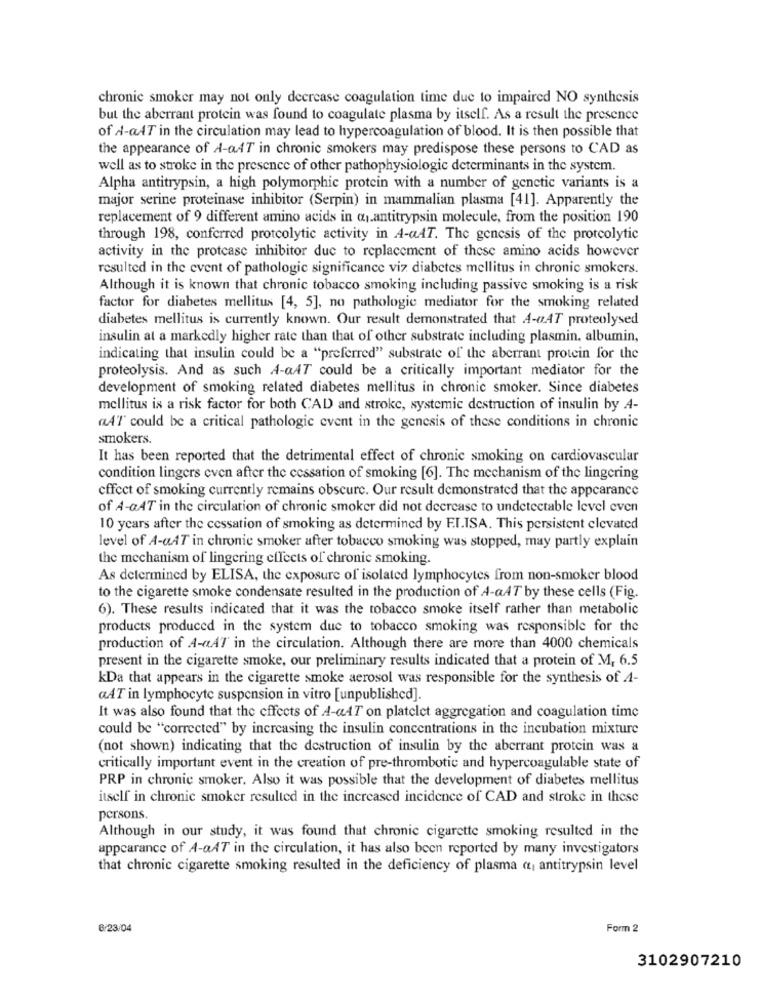
chronic smoker may not only decrease coagulation time due to impaired NO synthesis
but the aberrant protein was found to coagulate plasma by itself. As a result the presence
of A-aAT in the circulation may lead to hypercoagulation of blood. It is then possible that
the appearance of A-aAT in chronic smokers may predispose these persons to CAD as
well as to stroke in the presence of other pathophysiologie determinants in the system.
Alpha antitrypsin, a high polymorphic protein with a number of genetic variants is a
major serine proteinase inhibitor (Serpin) in mammalian plasma [41]. Apparently the
replacement of 9 different amino acids in quantitrypsin molecule, from the position 190
through 198, conferred protcolytic activity in A-aAT. The genesis of the proteolytic
activity in the protease inhibitor due to replacement of these amino acids however
resulted in the event of pathologic significance viz diabetes mellitus in chronic smokers.
Although it is known that chronic tobacco smoking including passive smoking is a risk
factor for diabetes mellitus [4, 5], no pathologie mediator for the smoking related
diabetes mellitus is currently known. Our result demonstrated that A-a.AT proteolysed
insulin at a markedly higher rate than that of other substrate including plasmin. albumin,
indicating that insulin could be a "preferred" substrate of the aberrant protein for the
proteolysis. And as such A-aAT could be a critically important mediator for the
development of smoking related diabetes mellitus in chronic smoker. Since diabetes
mellitus is a risk factor for both CAD and stroke, systemic destruction of insulin by A-
"Al' could be a critical pathologic event in the genesis of these conditions in chronic
smokers.
It has been reported that the detrimental effect of chronic smoking on cardiovascular
condition lingers even after the cessation of smoking [6]. The mechanism of the lingering
effect of smoking currently remains obscure. Our result demonstrated that the appearance
of A-aAT in the circulation of chronic smoker did not decrease to undetectable level even
10 years after the cessation of smoking as determined by EL.ISA. This persistent elevated
level of A-aAT in chronic smoker after tobacco smoking was stopped, may partly explain
the mechanism of lingering effects of chronic smoking.
As determined by ELISA, the exposure of isolated lymphocytes from non-smoker blood
to the cigarette smoke condensate resulted in the production of A-aAT by these cells (Fig.
6). These results indicated that it was the tobacco smoke itself rather than metabolic
products produced in the system due to tobacco smoking was responsible for the
production of A-aAT in the circulation. Although there are more than 4000 chemicals
present in the cigarette smoke, our preliminary results indicated that a protein of M, 6.5
kDa that appears in the cigarette smoke aerosol was responsible for the synthesis of A-
«AT in lymphocyte suspension in vitro [unpublished].
It was also found that the effects of A-«AT on platelet aggregation and coagulation time
could be "corrected" by increasing the insulin concentrations in the incubation mixture
(not shown) indicating that the destruction of insulin by the aberrant protein was a
critically important event in the creation of pre-thrombotic and hypercoagulable state of
PRP in chronic smoker. Also it was possible that the development of diabetes mellitus
itself in chronic smoker resulted in the increased incidence of CAD and stroke in these
persons.
Although in our study, it was found that chronic cigarette smoking resulted in the
appearance of A-aAT in the circulation, it has also been reported by many investigators
that chronic cigarette smoking resulted in the deficiency of plasma ct, antitrypsin level
6/23/04
Form 2
3102907210